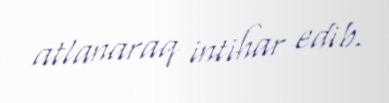
atlanaraq intihar edib.